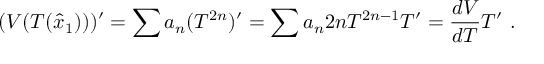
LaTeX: ( V ( T ( \hat { x } _ { 1 } ) ) ) ^ { \prime } = \sum a _ { n } ( T ^ { 2 n } ) ^ { \prime } = \sum a _ { n } 2 n T ^ { 2 n - 1 } T ^ { \prime } = \frac { d V } { d T } T ^ { \prime } \ .